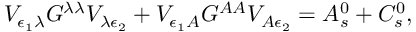
V _ { \epsilon _ { 1 } \lambda } G ^ { \lambda \lambda } V _ { \lambda \epsilon _ { 2 } } + V _ { \epsilon _ { 1 } A } G ^ { A A } V _ { A \epsilon _ { 2 } } = A _ { s } ^ { 0 } + C _ { s } ^ { 0 } ,